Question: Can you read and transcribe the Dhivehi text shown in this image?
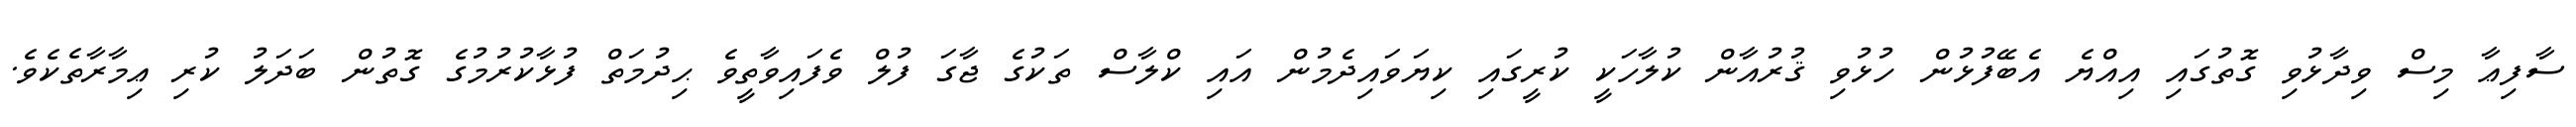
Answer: ސާފިޢާ މިސް ވިދާޅުވި ގޮތުގައި އިއްޔެ އެބޭފުޅުން ހުޅުވި ޤުރުއާން ކުލާހަކީ ކުރީގައި ކިޔަވައިދެމުން އައި ކްލާސް ތަކުގެ ޖާގަ ފުލް ވެފައިވާތީވެ ޙިދުމަތް ފުޅާކުރުމުގެ ގޮތުން ބަދަލު ކުރި ޢިމާރާތެކެވެ.